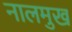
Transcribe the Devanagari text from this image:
नालमुख